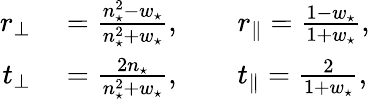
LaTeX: \begin{array}{rl}{r_{\perp}}&{{}=\frac{n_{\star}^{2}-w_{\star}}{n_{\star}^{2}+w_{\star}},\qquad r_{\parallel}=\frac{1-w_{\star}}{1+w_{\star}},}\\ {t_{\perp}}&{{}=\frac{2n_{\star}}{n_{\star}^{2}+w_{\star}},\qquad t_{\parallel}=\frac{2}{1+w_{\star}},}\end{array}